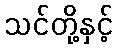
သင်တို့နှင့်